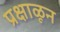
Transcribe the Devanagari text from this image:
प्रक्षाळून